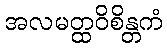
အလမတ္ထဝိစိန္တကံ